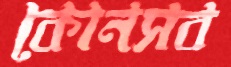
কোনসব